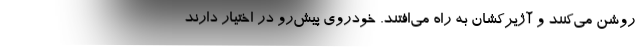
روشن می‌کنند و آژیرکشان به راه می‌افتند. خودروی پیش‌رو در اختیار دارند